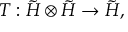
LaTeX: T : \tilde { \cal H } \otimes \tilde { \cal H } \rightarrow \tilde { \cal H } ,